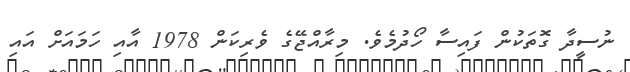
ނުސީދާ ގޮތަކުން ފައިސާ ހޯދުމެވެ. މިރާއްޖޭގެ ވެރިކަން 1978 އާއި ހަމައަށް އައި